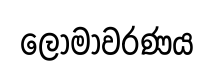
ලෝමාවරණය